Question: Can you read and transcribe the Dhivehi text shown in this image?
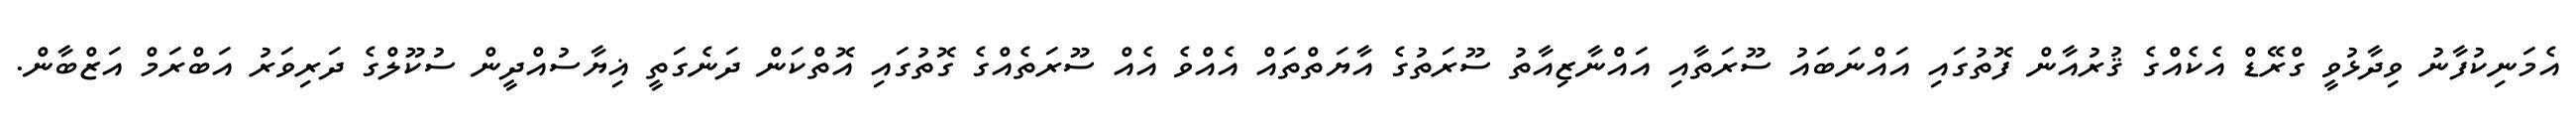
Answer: އެމަނިކުފާނު ވިދާޅުވީ ގްރޭޑް އެކެއްގެ ޤުރުއާން ފޮތުގައި އައްނަބައު ސޫރަތާއި އައްނާޒިއާތު ސޫރަތުގެ އާޔަތްތައް އެއްވެ އެއް ސޫރަތެއްގެ ގޮތުގައި އޮތްކަން ދަނެގަތީ ޣިޔާސުއްދީން ސުކޫލްގެ ދަރިވަރު އަބްރަމް އަޒްބާން.